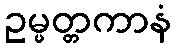
ဥမ္မတ္တကာနံ